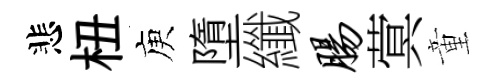
悲杻庾墮纖肠蓂童